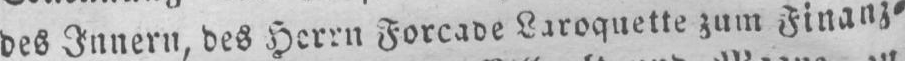
zum Finanz⸗